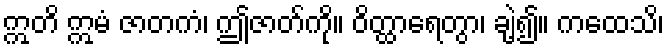
ဣတိ ဣမံ ဇာတကံ၊ ဤဇာတ်ကို။ ဝိတ္ထာရေတွာ၊ ချဲ့၍။ ကထေသိ၊